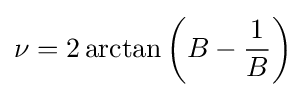
\nu =2\arctan \left(B-{\frac {1}{B}}\right)